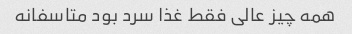
همه چیز عالی فقط غذا سرد بود متاسفانه